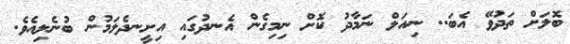
ބޮލަށް ތަދުވޭ އެބަ.. ނިއަލް ނަމާދު ކޮށް ނިމިގެން އެނދުގައި އިށީނދެލަމުން ބުނެލިއެވެ.